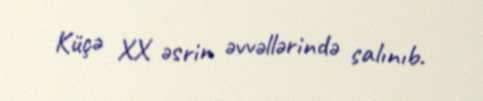
Küçə XX əsrin əvvəllərində salınıb.